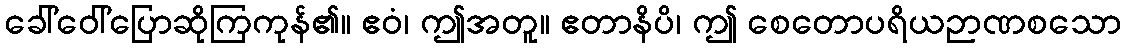
ခေါ်ဝေါ်ပြောဆိုကြကုန်၏။ ဧဝံ၊ ဤအတူ။ ဧတာနိပိ၊ ဤ စေတောပရိယဉာဏစသော